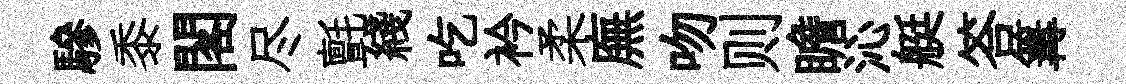
驂黍閣尽氈綫吃衿柔廡吻则瞻沁艇答篝